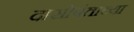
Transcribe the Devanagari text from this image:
दासोपंताच्या